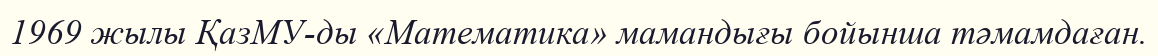
1969 жылы ҚазМУ-ды «Математика» мамандығы бойынша тәмамдаған.